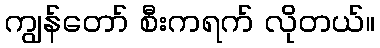
ကျွန်တော် စီးကရက် လိုတယ်။